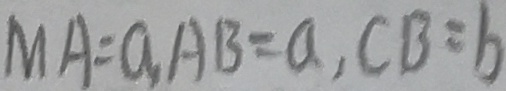
M A = a , A B = a , C B = b